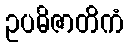
ဥပဓိဇာတိကံ